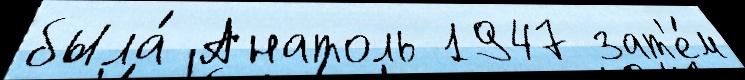
была́ Анатоль 1947 зат'е́м